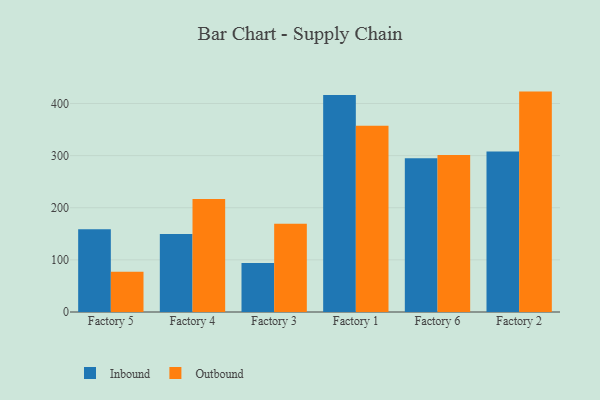
{"axis": {"x": "Factory", "y": "Revenue (USD Million)"}, "legend": ["Inbound", "Outbound"], "data": [{"x": "Factory 5", "y": 158.7, "type": "Inbound"}, {"x": "Factory 5", "y": 77.1, "type": "Outbound"}, {"x": "Factory 4", "y": 149.5, "type": "Inbound"}, {"x": "Factory 4", "y": 216.8, "type": "Outbound"}, {"x": "Factory 3", "y": 94.1, "type": "Inbound"}, {"x": "Factory 3", "y": 169.3, "type": "Outbound"}, {"x": "Factory 1", "y": 416.3, "type": "Inbound"}, {"x": "Factory 1", "y": 357.1, "type": "Outbound"}, {"x": "Factory 6", "y": 294.9, "type": "Inbound"}, {"x": "Factory 6", "y": 301.0, "type": "Outbound"}, {"x": "Factory 2", "y": 308.1, "type": "Inbound"}, {"x": "Factory 2", "y": 422.8, "type": "Outbound"}]}